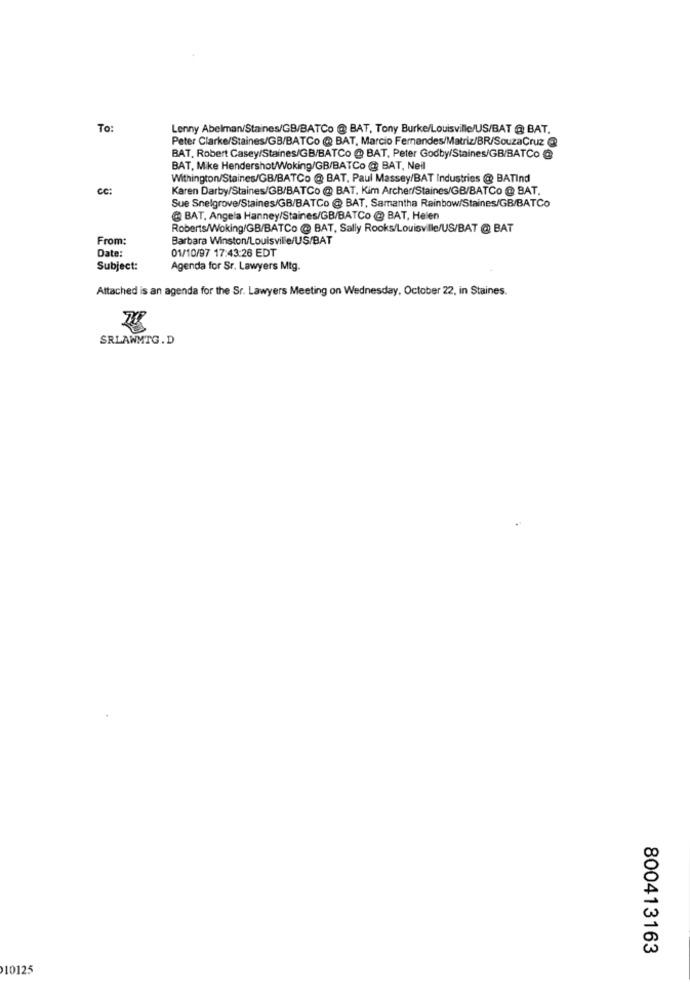
To:
Lenny Abelman/Staines/GB/BATCo @ BAT, Tony Burke/Louisville/US/BAT @ BAT.
Peter Clarke/Staines/GB/BATCo @ BAT, Marcio Fernandes/Matriz/BR/SouzaCruz @
BAT. Robert Casey/Staines/GB/BATCo @ BAT. Peter Godby/Staines/GB/BATCo @
BAT, Mike Hendershot/Woking/GB/BATCo @ BAT, Neil
Withington/Staines/GB/BATCo @ BAT, Paul Massey/BAT Industries @ BATInd
CC:
Karen Darby/Staines/GB/BATCo @ BAT, Kim Archer/Staines/GB/BATCo @ BAT.
Sue Snelgrove/Staines/GB/BATCo @ BAT, Samantha Rainbow/Staines/GB/BATCo
@ BAT, Angela Hanney/Staines/GB/BATCo @ BAT, Helen
Roberts/Woking/GB/BATCo @ BAT, Sally Rooks/Louisville/US/BAT @ BAT
From:
Barbara Winston/Louisville/US/BAT
01/10/97 17:43:26 EDT
Date:
Subject:
Agenda for Sr. Lawyers Mtg.
Attached is an agenda for the Sr. Lawyers Meeting on Wednesday, October 22, in Staines.
SRLAWMTG.D
800413163
10125